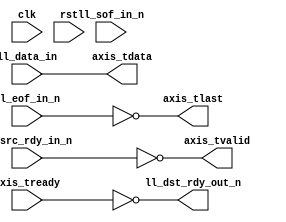
module ll_axis_bridge #
(
    parameter DATA_WIDTH = 8
)
(
    input  wire                   clk,
    input  wire                   rst,
    
    /*
     * LocalLink input
     */
    input  wire [DATA_WIDTH-1:0]  ll_data_in,
    input  wire                   ll_sof_in_n,
    input  wire                   ll_eof_in_n,
    input  wire                   ll_src_rdy_in_n,
    output wire                   ll_dst_rdy_out_n,
    
    /*
     * AXI output
     */
    output wire [DATA_WIDTH-1:0]  axis_tdata,
    output wire                   axis_tvalid,
    input  wire                   axis_tready,
    output wire                   axis_tlast
);

assign axis_tdata = ll_data_in;
assign axis_tvalid = ~ll_src_rdy_in_n;
assign axis_tlast = ~ll_eof_in_n;

assign ll_dst_rdy_out_n = ~axis_tready;

endmodule